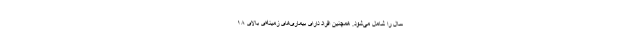
سال را شامل می‌شود. همچنین افراد دارای بیماری‌های زمینه‌ای بالای ١٨